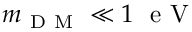
m _ { \mathrm { ~ D ~ M ~ } } \ll 1 \ \mathrm { ~ e ~ V ~ }